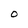
Character: O